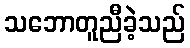
သဘောတူညီခဲ့သည်